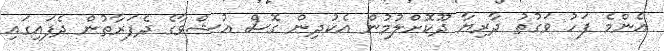
އެންމެ ފަހު ވަގުތު ދާރިޔާ ދޫކޮށްލުމުން އެކުދިން ގޮސް އުޝްވާގެ ދެފަރާތުން ދެފައިގައި